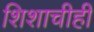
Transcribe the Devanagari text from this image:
शिशाचीही